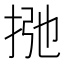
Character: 𰓩